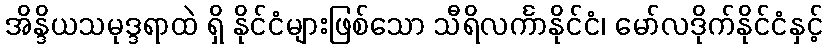
အိန္ဒိယသမုဒ္ဒရာထဲ ရှိ နိုင်ငံများဖြစ်သော သီရိလင်္ကာနိုင်ငံ၊ မော်လဒိုက်နိုင်ငံနှင့်